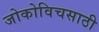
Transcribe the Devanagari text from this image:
जोकोविचसाठी